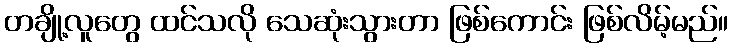
တချို့လူတွေ ထင်သလို သေဆုံးသွားတာ ဖြစ်ကောင်း ဖြစ်လိမ့်မည်။